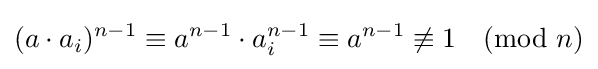
(a\cdot a_{i})^{n-1}\equiv a^{n-1}\cdot a_{i}^{n-1}\equiv a^{n-1}\not \equiv 1{\pmod {n}}